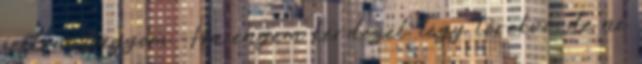
festeni vágyom -Ha engem kérdezel, légy törekvő, de ne